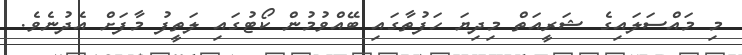
މި މައްސަލައިގެ ޝަރީއަތް މިދިޔަ ހަފުތާގައި ބޭއްވުމުން ކޯޓުގައި ލަތީފު މާފަށް އެދުނެވެ.